Kominterni_Eesti_sektsioon_Moskvas, lk 12
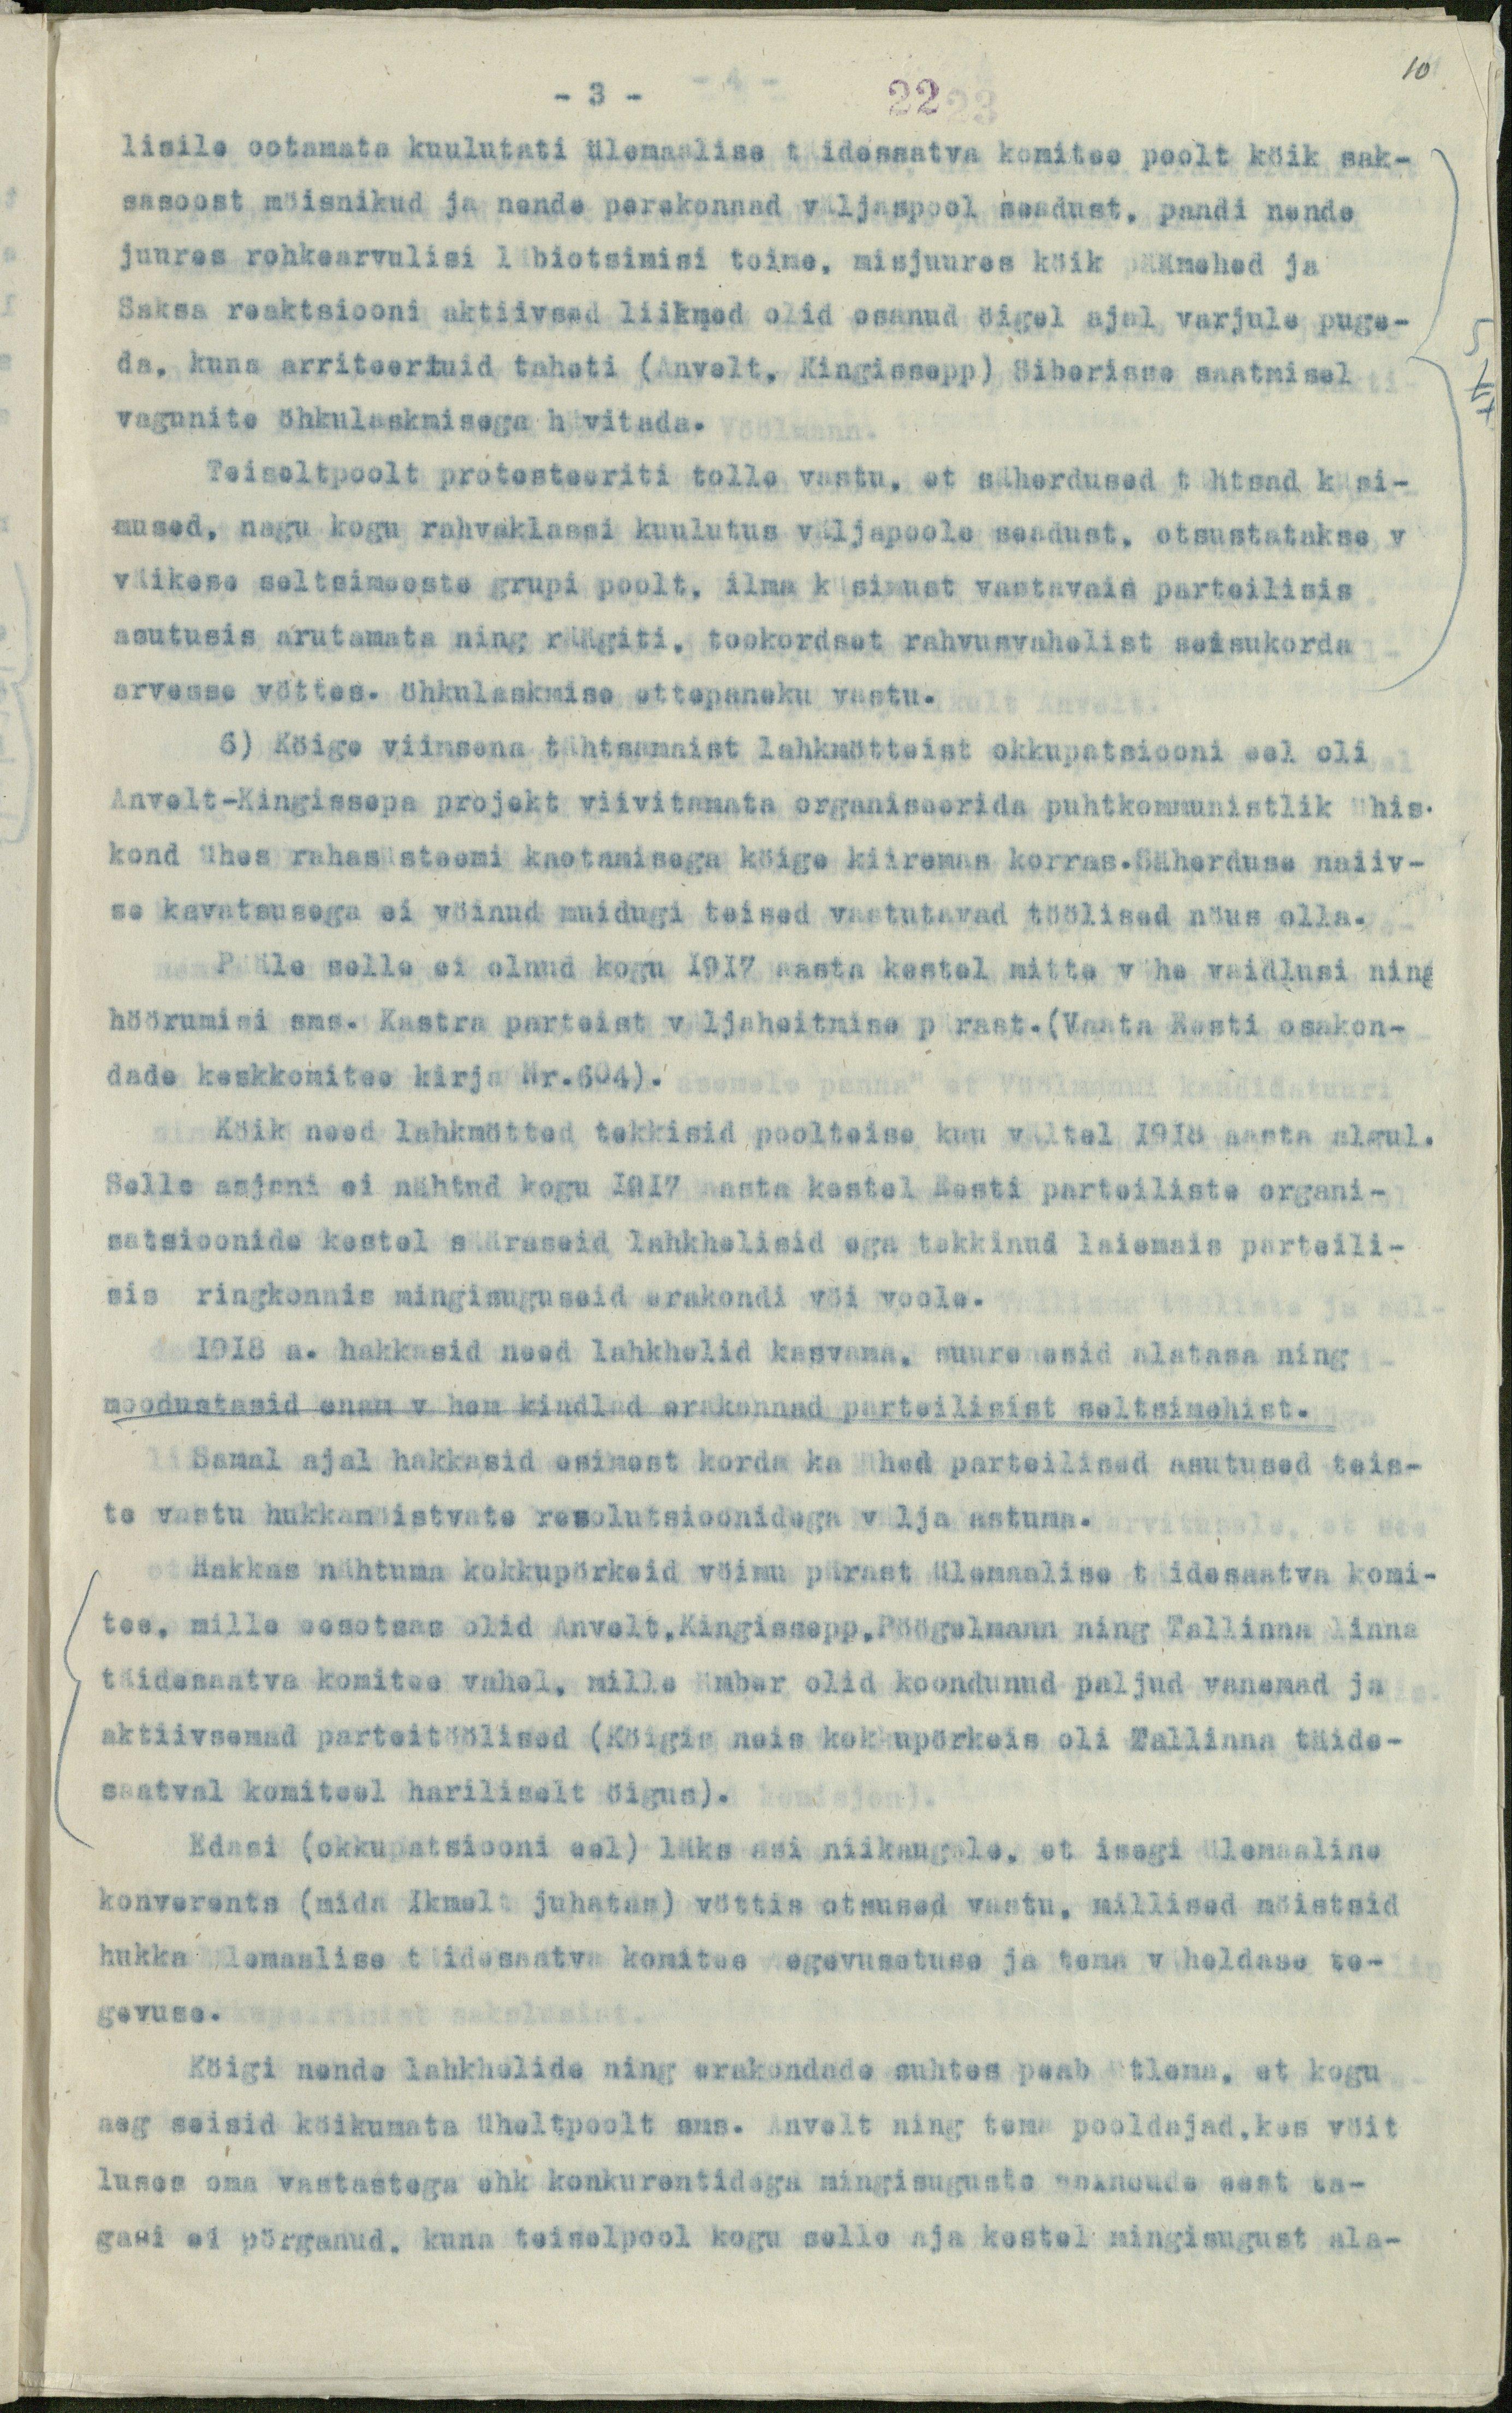
10

- 3 -
22
lisile ootamata kuulutati ülemaalise täidesaatva komitee poolt köik sak-
sasoost möisnikud ja nende perekonnad väljaspool seadust, pandi nende
juures rohkearvulisi läbiotsimisi toime, misjuures köik päämehed ja
Saksa reaktsiooni aktiivsed liikmed olid osanud öigel ajal varjule puge-
da, kuna arriteertuid taheti (Anvelt, Kingissepp) Siberisse saatmisel
vagunite öhkulaskmisega hävitada.
Teiseltpoolt protesteeriti tolle vastu, et säherdused tähtsad küsi-
mused, nagu kogu rahvaklassi kuulutus väljapoole seadust, otsustatakse v
väikese seltsimeeste grupi poolt, ilma küsimust vastavais parteilisis
asutusis arutamata ning räägiti, tookordset rahvusvahelist seisukorda
arvesse võttes. öhkulaskmise ettepaneku vastu.
6) Köige viimsena tähtsamaist lahkmötteist okkupatsiooni eel oli
Anvelt-Kingissepa projekt viivitamata organiseerida puhtkommunistlik ühis-
kond ühes rahasüsteemi kaotamisega köige kiiremas korras.Säherduse naiiv-
se kavatsusega ei vöinud muidugi teised vastutavad töölised nöus olla.
Pääle selle ei olnud kogu 1917 aasta kestel mitte vähe vaidlusi ning
höörumisi sms. Kastra parteist väljaheitmise pärast.(Vaata Eesti osakon-
dade keskkomitee kirja Nr.604).
Köik need lahkmötted tekkisid poolteise kuu vältel 1918 aasta algul.
Selle asjani ei nähtud kogu 1917 aasta kestel Eesti parteiliste organi-
satsioonide kestel sääraseid lahkhelisid ega tekkinud laiemais parteili-
sis ringkonnis mingisuguseid erakondi vöi voole.
1918 a. hakkasid need lahkhelid kasvama, suurenesid alatasa ning
moodustasid enam vähem kindlad erakonnad parteilisist seltsimehist.
Samal ajal hakkasid esimest korda ka ühed parteilised asutused teis-
te vastu hukkamöistvate resolutsioonidega välja astuma.
Hakkas nähtuma kokkupörkeid vöimu pärast ülemaalise täidesaatva komi-
tee, mille eesotsas olid Anvelt,Kingissepp, Pöögelmann ning Tallinna linna
täidesaatva komitee vahel, mille ümber olid koondunud paljud vanemad ja
aktiivsemad parteitöölised (Köigis neis kokkupörkeis oli Tallinna täide-
saatval komiteel hariliselt öigus).
Edasi (okkupatsiooni eel) läks asi niikaugele, et isegi ülemaaline
konverents (mida Ikmelt juhatas) vöttis otsused vastu, millised möistsid
hukka ülemaalise täidesaatva komitee tegevusetuse ja tema väheldase te-
gevuse.
Köigi nende lahkhelide ning erakondade suhtes peab ütlema, et kogu
aeg seisid köikumata üheltpoolt sms. Anvelt ning tema pooldajad, kes vöit
luses oma vastastega ehk konkurentidega mingisuguste abinoude eest ta-
gasi ei pörganud, kuna teiselpool kogu selle aja kestel mingisugust ala-